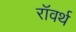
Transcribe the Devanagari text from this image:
रॉवर्थ